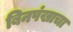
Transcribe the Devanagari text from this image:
बिनपंखाचा